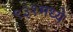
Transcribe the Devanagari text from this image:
९३१मध्ये